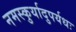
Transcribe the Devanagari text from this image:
नमस्कुर्यादुपर्यधः